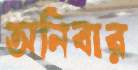
অনিবার